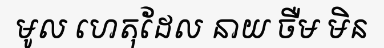
មូល ហេតុដែល នាយ ចឺម មិន